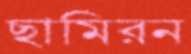
ছামিরন